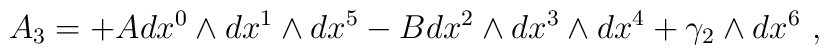
A_{3}=+Adx^{0}\wedge dx^{1}\wedge dx^{5}-Bdx^{2}\wedge dx^{3}\wedge dx^{4}+\gamma_{2}\wedge dx^{6}\ ,